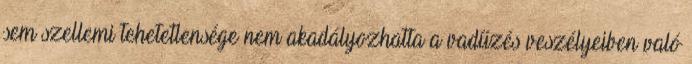
sem szellemi tehetetlensége nem akadályozhatta a vadűzés veszélyeiben való